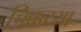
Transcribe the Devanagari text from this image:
चिक्कय्या